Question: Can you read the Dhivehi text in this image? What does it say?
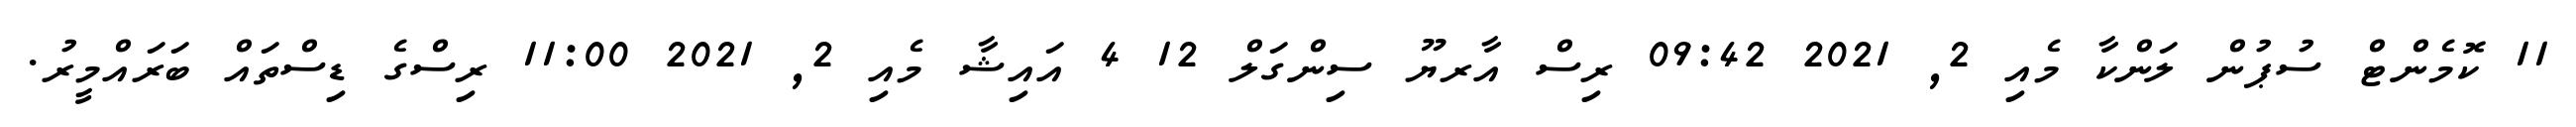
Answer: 11 ކޮމެންޓް ސުޕުން ލަންކާ މެއި 2, 2021 09:42 ރިސް އާރޔޫ ސިންގަލް 12 4 އައިޝާ މެއި 2, 2021 11:00 ރިސްގެ ޑިސްތައް ބަރައްމީރު.